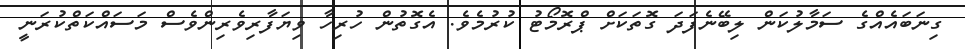
ގިނަބައެއްގެ ސަމާލުކަން ލިބޭނެފަދަ ގޮތަކަށް ޕްރޮމޯޓު ކުރުމެވެ. އެގޮތުން ހުރިހާ ވިޔަފާރިވެރިންވެސް މަސައްކަތްކުރަނީ